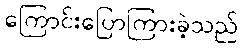
ကြောင်းပြောကြားခဲ့သည်